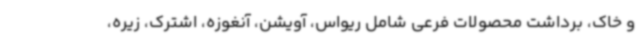
و خاک، برداشت محصولات فرعی شامل ریواس، آویشن، آنغوزه، اشترک، زیره،